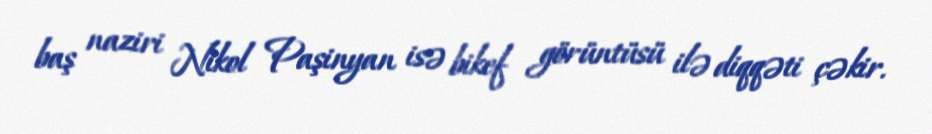
baş naziri Nikol Paşinyan isə bikef görüntüsü ilə diqqəti çəkir.